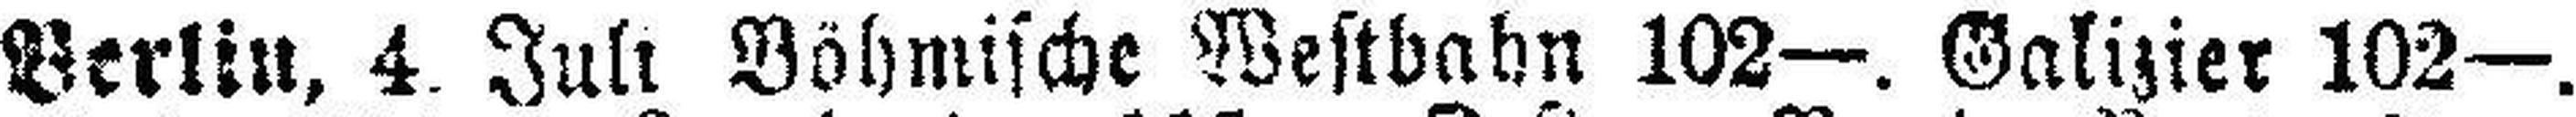
Berlin, 4. Juli Böhmische Westbahn 102—. Galizier 102—.